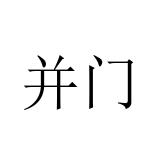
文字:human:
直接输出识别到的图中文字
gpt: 并门